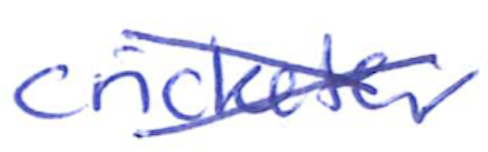
Text: cricketer
Cross-out: cross
Writing tool: ballpoint